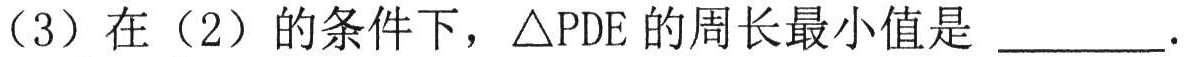
（3）在（2）的条件下，\(\triangle PDE\)的周长最小值是 \_\_\_\_\_ .